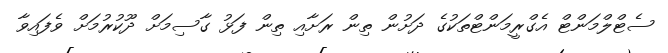
ސެޓްލްމަންޓް އެގްރީމަންޓްތަކުގެ ދަށުން ތިން ރަށާއި ތިން ފަޅު ގާސިމަށް ދޫކުރުމަށް ވެފައިވާ